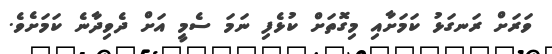
ވަރަށް ރަނގަޅު ކަމަށާއި މިގޮތަށް ކުޅެފި ނަމަ ސެމީ އަށް ދެވިދާނެ ކަމަށެވެ.